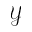
\mathcal { Y }